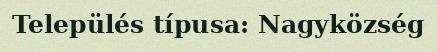
Település típusa: Nagyközség